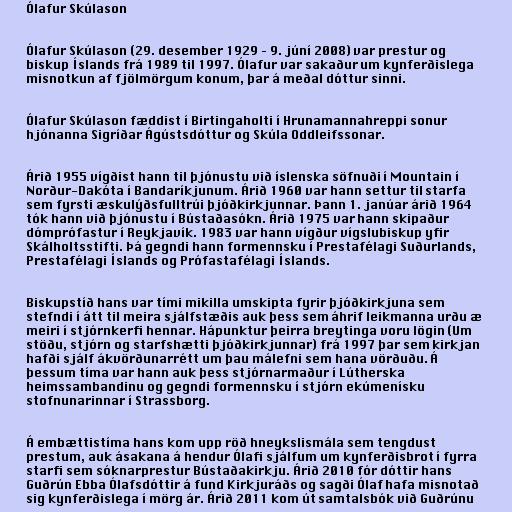
Ólafur Skúlason

Ólafur Skúlason (29. desember 1929 – 9. júní 2008) var prestur og
biskup Íslands frá 1989 til 1997. Ólafur var sakaður um kynferðislega
misnotkun af fjölmörgum konum, þar á meðal dóttur sinni.

Ólafur Skúlason fæddist í Birtingaholti í Hrunamannahreppi sonur
hjónanna Sigríðar Ágústsdóttur og Skúla Oddleifssonar.

Árið 1955 vígðist hann til þjónustu við íslenska söfnuði í Mountain í
Norður-Dakóta í Bandaríkjunum. Árið 1960 var hann settur til starfa
sem fyrsti æskulýðsfulltrúi þjóðkirkjunnar. Þann 1. janúar árið 1964
tók hann við þjónustu í Bústaðasókn. Árið 1975 var hann skipaður
dómprófastur í Reykjavík. 1983 var hann vígður vígslubiskup yfir
Skálholtsstifti. Þá gegndi hann formennsku í Prestafélagi Suðurlands,
Prestafélagi Íslands og Prófastafélagi Íslands.

Biskupstíð hans var tími mikilla umskipta fyrir þjóðkirkjuna sem
stefndi í átt til meira sjálfstæðis auk þess sem áhrif leikmanna urðu æ
meiri í stjórnkerfi hennar. Hápunktur þeirra breytinga voru lögin (Um
stöðu, stjórn og starfshætti þjóðkirkjunnar) frá 1997 þar sem kirkjan
hafði sjálf ákvörðunarrétt um þau málefni sem hana vörðuðu. Á
þessum tíma var hann auk þess stjórnarmaður í Lútherska
heimssambandinu og gegndi formennsku í stjórn ekúmenísku
stofnunarinnar í Strassborg.

Á embættistíma hans kom upp röð hneykslismála sem tengdust
prestum, auk ásakana á hendur Ólafi sjálfum um kynferðisbrot í fyrra
starfi sem sóknarprestur Bústaðakirkju. Árið 2010 fór dóttir hans
Guðrún Ebba Ólafsdóttir á fund Kirkjuráðs og sagði Ólaf hafa misnotað
sig kynferðislega í mörg ár. Árið 2011 kom út samtalsbók við Guðrúnu